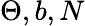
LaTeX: \Theta,b,N